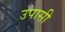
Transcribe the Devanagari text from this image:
उपासी